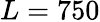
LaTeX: L=750